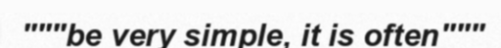
"""be very simple, it is often"""